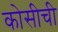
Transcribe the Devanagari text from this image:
कोसीची